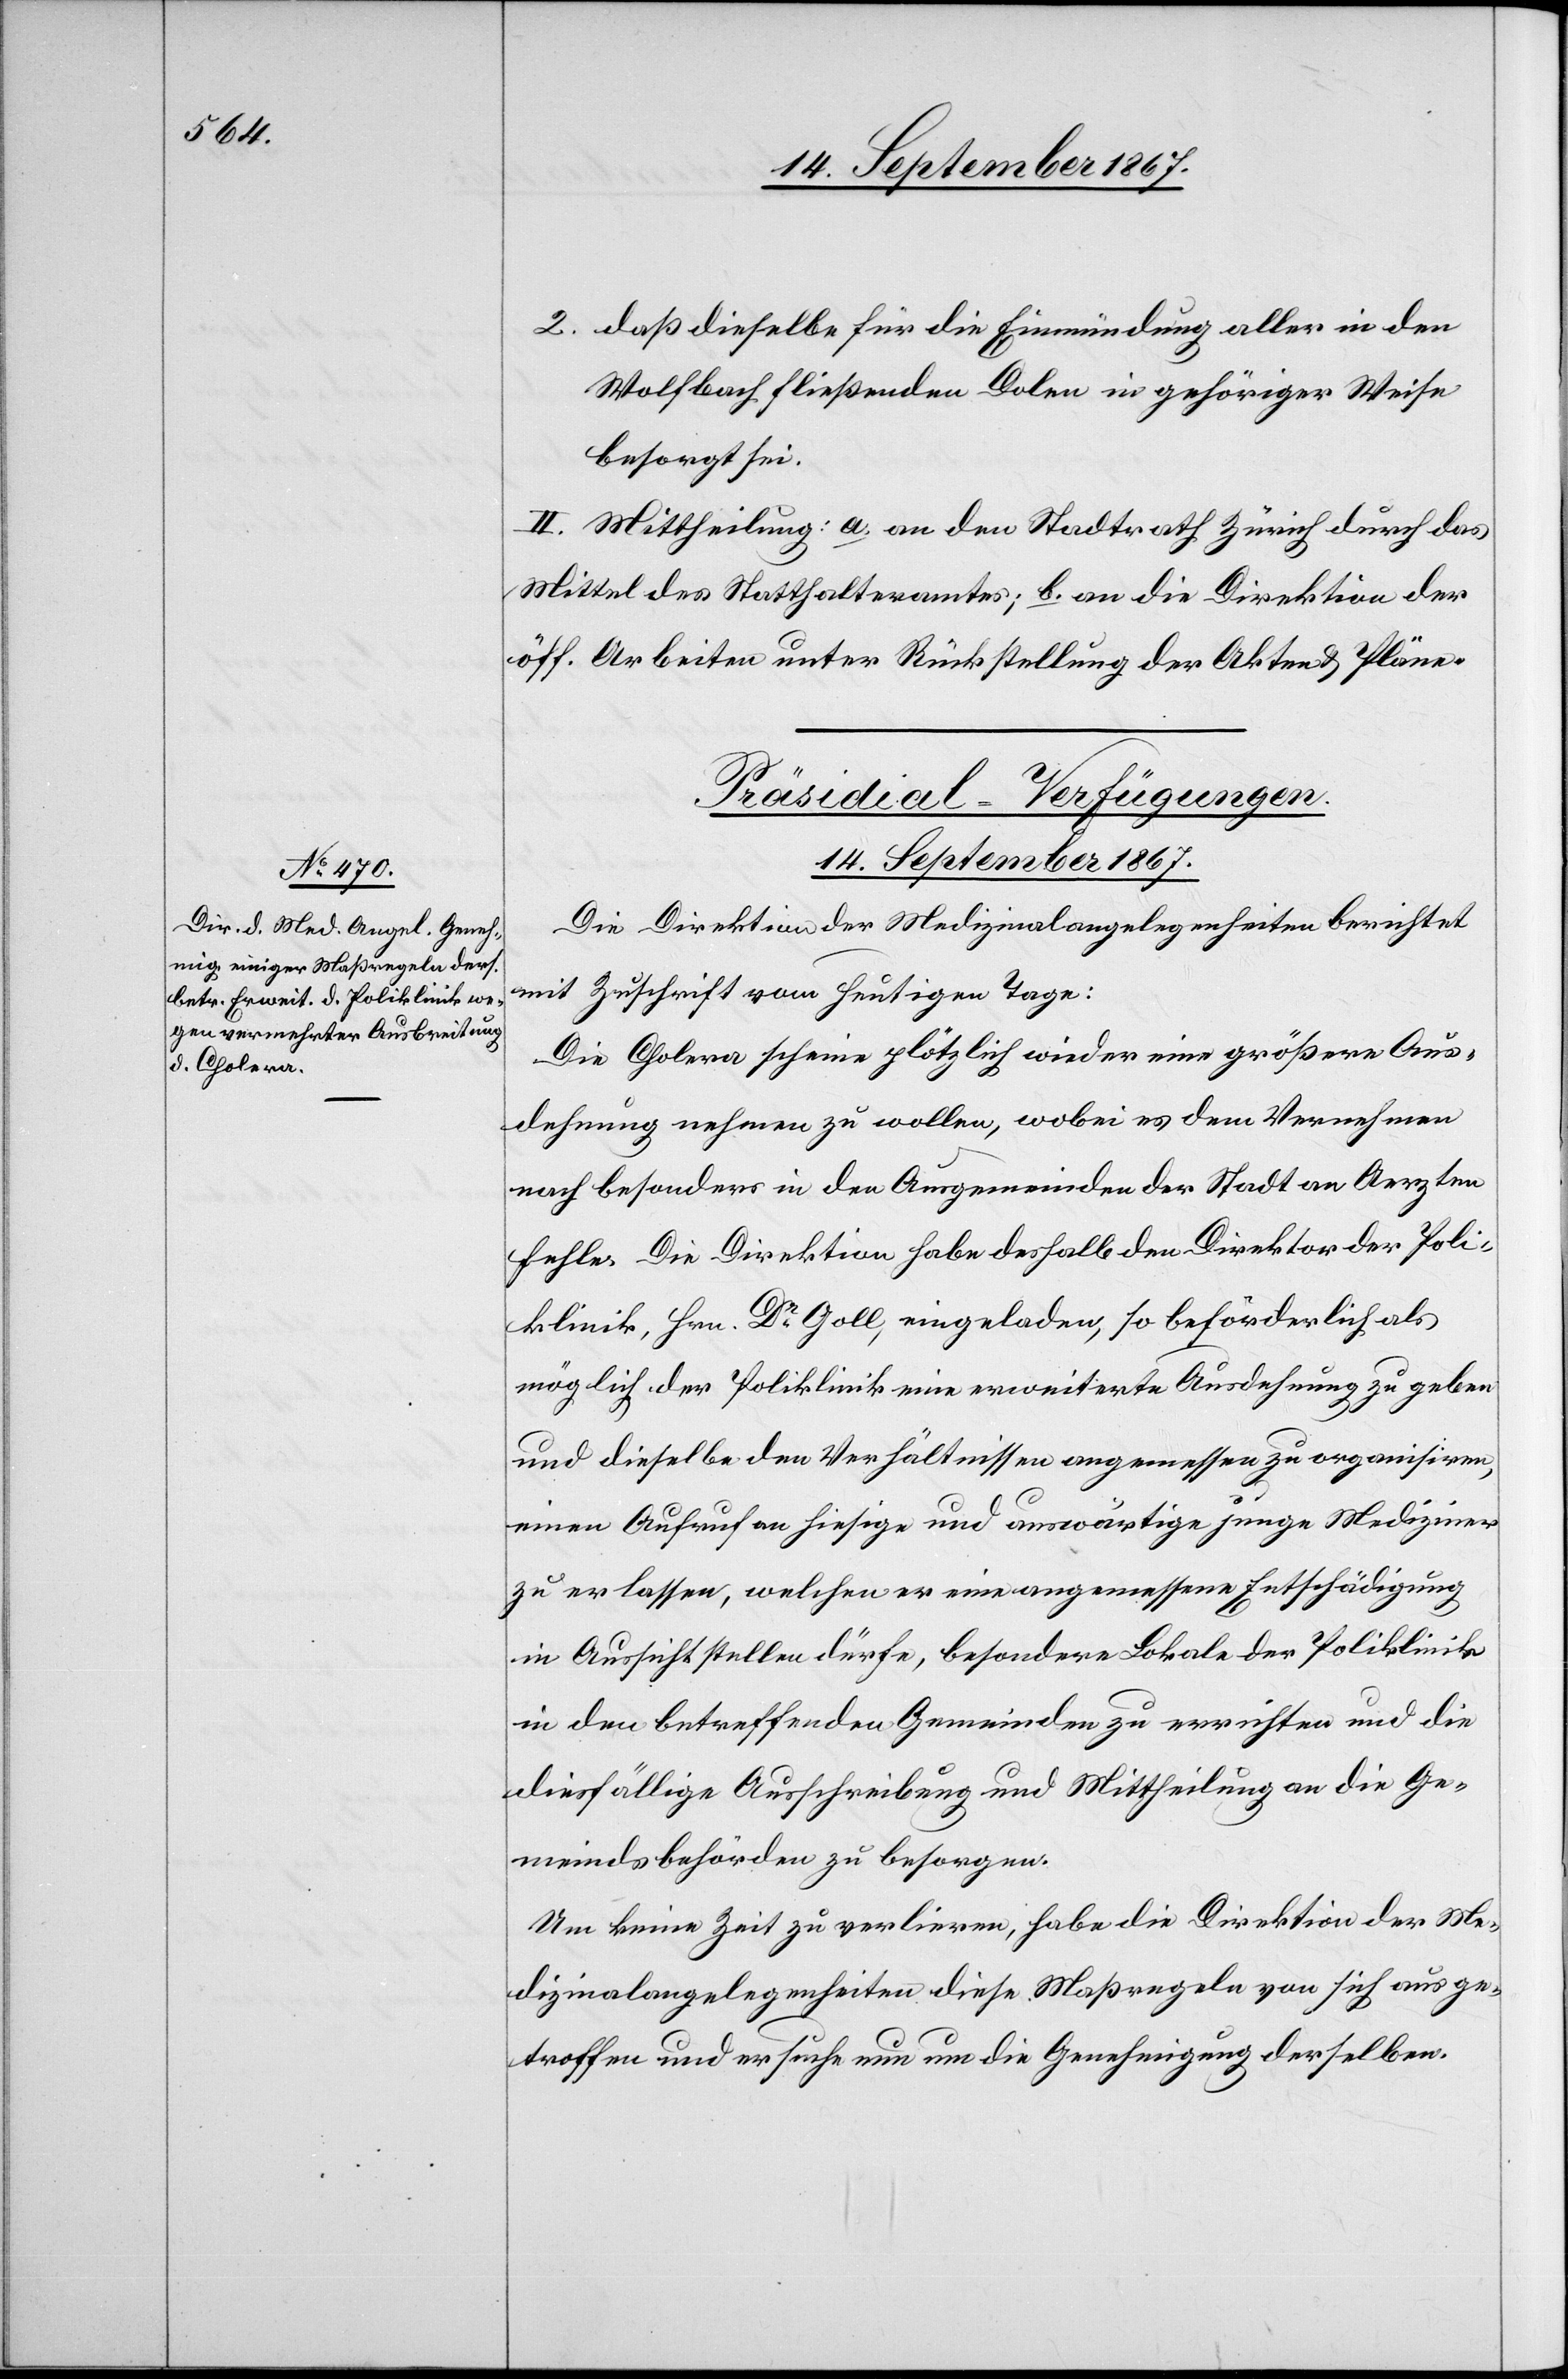
14. September 1867.
2. daß dieselbe für die Einmündung aller in den
Wolfbach fließenden Dolen in gehöriger Weise
besorgt sei.
II. Mittheilung: a. an den Stadtrath Zürich durch das
Mittel des Statthalteramtes; b. an die Direktion der
öff. Arbeiten unter Rückstellung der Akten u. Pläne.
Präsidial-Verfügungen.
Die Direktion der Medizinalangelegenheiten berichtet
mit Zuschrift vom heutigen Tage:
Die Cholera scheine plötzlich wieder eine größere Aus¬
dehnung nehmen zu wollen, wobei es dem Vernehmen
nach besonders in den Ausgemeinden der Stadt an Aerzten
fehle. Die Direktion habe deshalb den Direktor der Poli¬
klinik, Hrn. Dr. Goll, eingeladen, so beförderlich als
möglich der Poliklinik eine erweiterte Ausdehnung zu geben
und dieselbe den Verhältnissen angemessen zu organisiren,
einen Aufruf an hiesige und auswärtige junge Mediziner
zu erlassen, welchen er eine angemessene Entschädigung
in Aussicht stellen dürfe, besondere Lokale der Poliklinik
in den betreffenden Gemeinden zu errichten und die
diesfällige Ausschreibung und Mittheilung an die Ge¬
meindsbehörden zu besorgen.
Um keine Zeit zu verlieren, habe die Direktion der Me¬
dizinalangelegenheiten diese Maßregeln von sich aus ge¬
troffen und ersuche nun um die Genehmigung derselben.